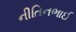
નીતિનભાઈ